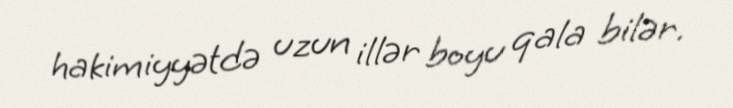
hakimiyyətdə uzun illər boyu qala bilər.